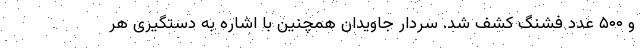
و ۵۰۰ عدد فشنگ کشف شد. سردار جاویدان همچنین با اشاره به دستگیری هر